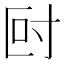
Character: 尀